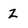
Character: Z